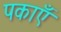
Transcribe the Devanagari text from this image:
पकाएँ